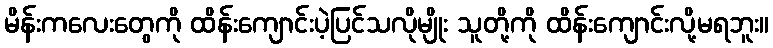
မိန်းကလေးတွေကို ထိန်းကျောင်းပဲ့ပြင်သလိုမျိုး သူတို့ကို ထိန်းကျောင်းလို့မရဘူး။